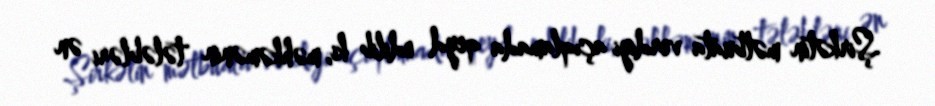
Şirkətin mətbuata verdiyi açıqlamada qeyd edilib ki, məhkəmənin tələbləri ən